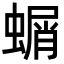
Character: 𮔱